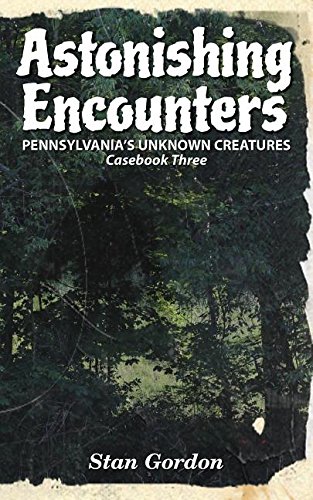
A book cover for Astonishing Encounters: Pennsylvania's Unknown Creatures, Casebook 3; Stan Gordon; Science & Math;